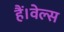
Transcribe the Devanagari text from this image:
हैं।वेल्स